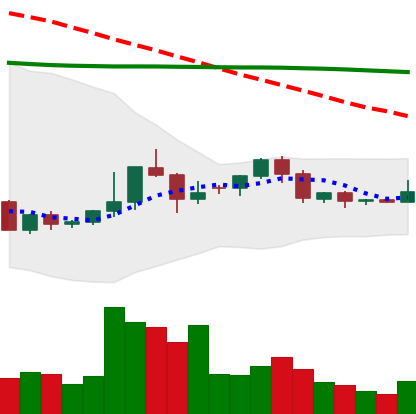
Ticker: ETC-USD
Chart end date: 2022-06-06
Forward return: -19.339%
Label: down_7plus